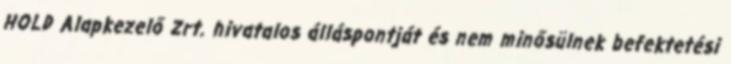
HOLD Alapkezelő Zrt. hivatalos álláspontját és nem minősülnek befektetési